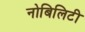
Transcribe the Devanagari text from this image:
नोबिलिटी